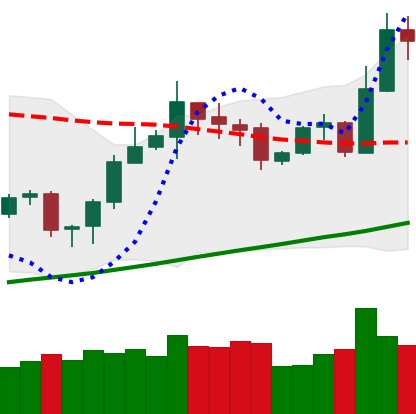
Ticker: ETH-USD
Chart end date: 2020-10-23
Forward return: -5.153%
Label: down_5_7